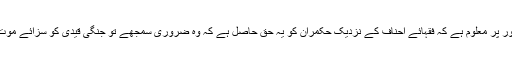
عام طور پر معلوم ہے کہ فقہائے احناف کے نزدیک حکمران کو یہ حق حاصل ہے کہ وہ ضروری سمجھے تو جنگی قیدی کو سزائے موت دے ۔